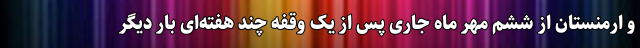
و ارمنستان از ششم مهر ماه جاری پس از یک وقفه چند هفته‌ای بار دیگر